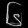
Digit: ၆